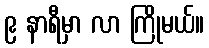
၉ နာရီမှာ လာ ကြိုမယ်။